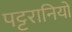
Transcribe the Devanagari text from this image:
पट्टरानियों